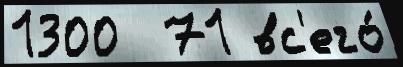
1300  71 вс'его́